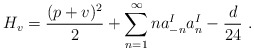
\begin{align*}H_v ={(p+v)^2 \over 2} + \sum_{n=1}^{\infty} n a^I_{-n} a^I_{n} -{d\over{24}}~.\end{align*}